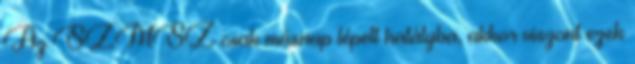
Az SZMSZ csak másnap lépett hatályba, akkor viszont ezek